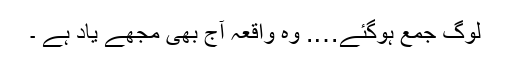
لوگ جمع ہوگئے…. وہ واقعہ آج بھی مجھے یاد ہے ۔